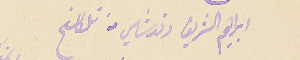
ابراهيم الشريف دندشلي من تلكلخ